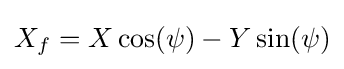
X_{f}=X\cos(\psi )-Y\sin(\psi )